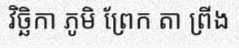
វិច្ឆិកា ភូមិ ព្រែក តា ព្រីង